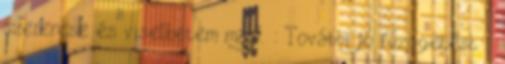
szerencse és viselhetem majd. : További jó fűzögetést :